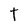
Character: t